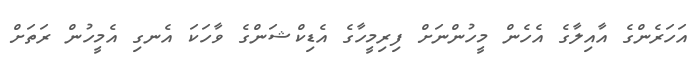
އަހަރެންގެ އާއިލާގެ އެހެން މީހުންނަށް ފިރިމީހާގެ އެޑިކްޝަންގެ ވާހަކަ އެނގި އެމީހުން ރަތަށް